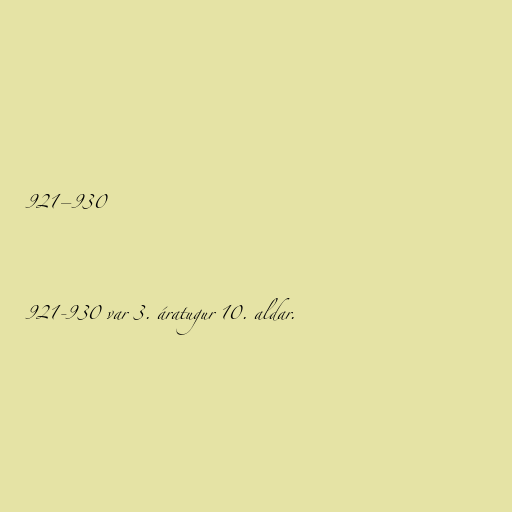
921–930

921-930 var 3. áratugur 10. aldar.